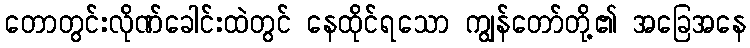
တောတွင်းလိုဏ်ခေါင်းထဲတွင် နေထိုင်ရသော ကျွန်တော်တို့၏ အခြေအနေ